65_HS1-834228961_62-HQ-83894_Serial_130
Agency: FBI
Page 67
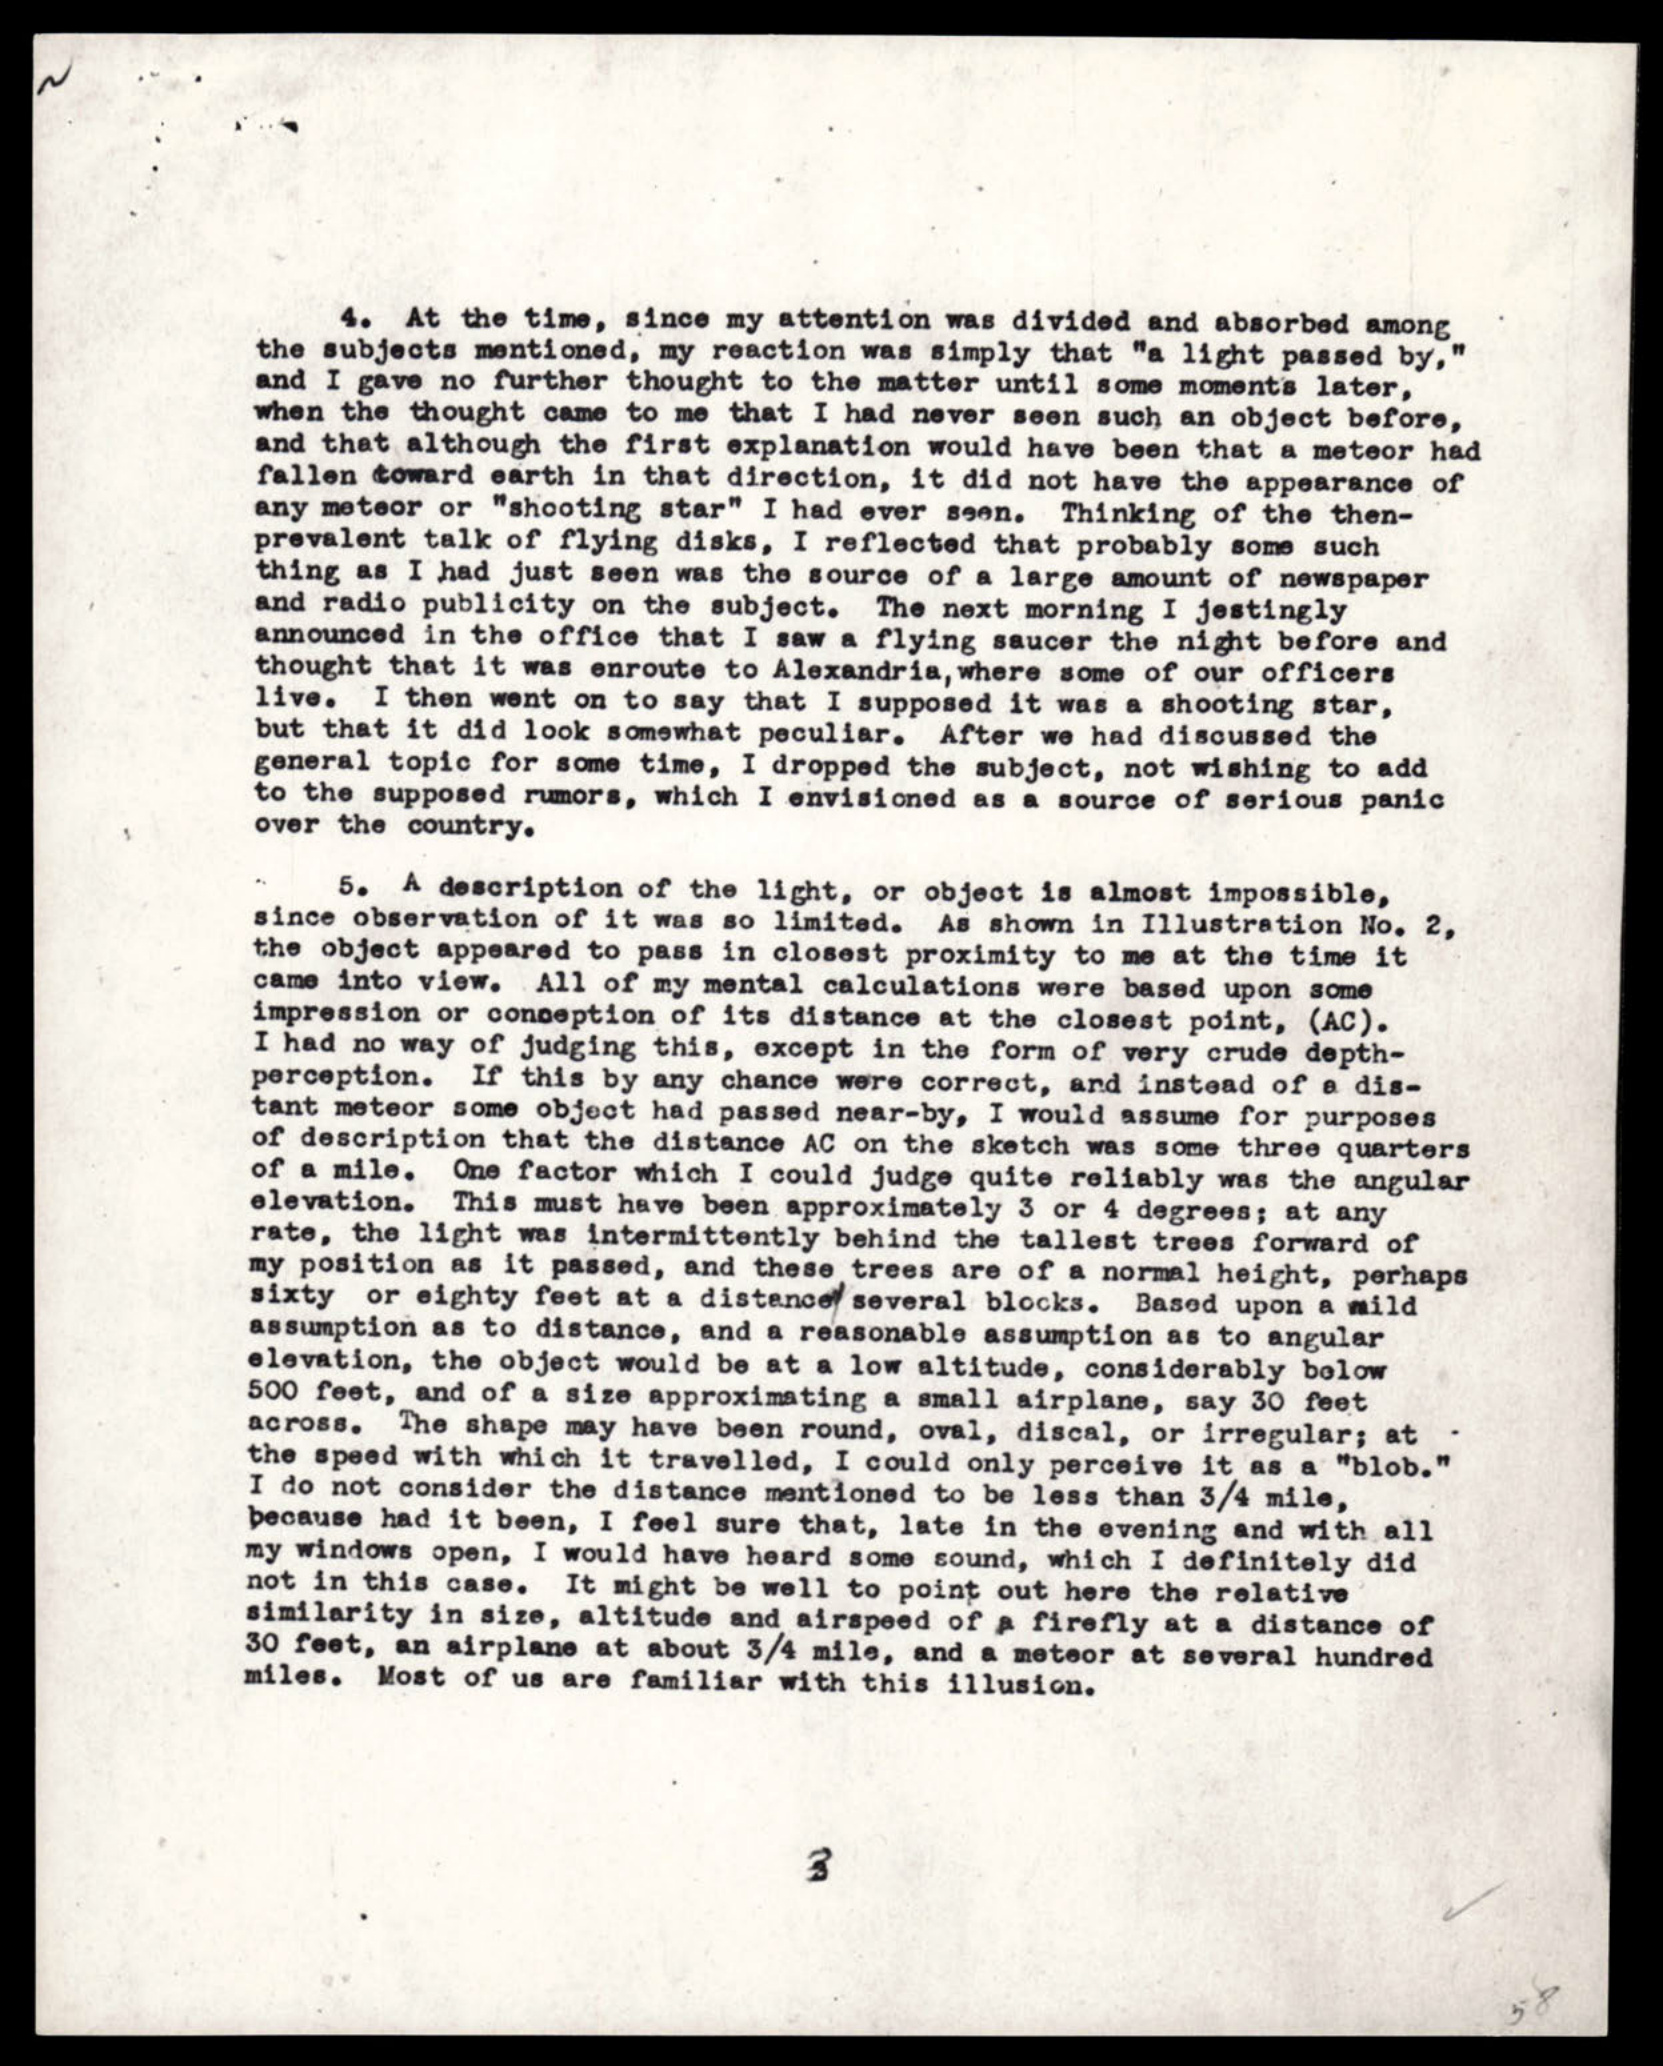